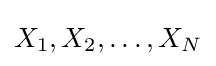
X_{1},X_{2},\ldots ,X_{N}